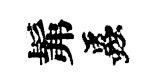
髴蟲